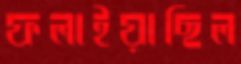
ফলাইয়াছিল